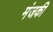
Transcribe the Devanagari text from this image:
मंजकी